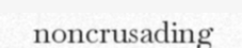
noncrusading